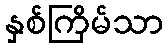
နှစ်ကြိမ်သာ